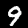
Digit: 9